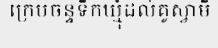
ក្រេបចន្ទទឹកឃ្មុំដល់គូស្វាមី